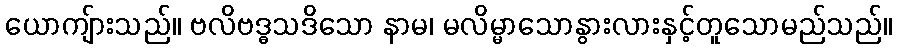
ယောကျ်ားသည်။ ဗလိဗဒ္ဓသဒိသော နာမ၊ မလိမ္မာသောနွားလားနှင့်တူသောမည်သည်။